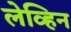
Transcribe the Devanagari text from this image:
लेव्हिन